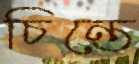
চিন্তে